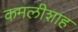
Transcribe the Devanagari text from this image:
कमलीशाह